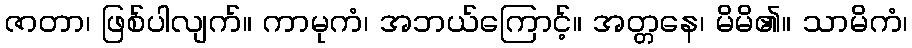
ဇာတာ၊ ဖြစ်ပါလျက်။ ကာမုကံ၊ အဘယ်ကြောင့်။ အတ္တနေ၊ မိမိ၏။ သာမိကံ၊